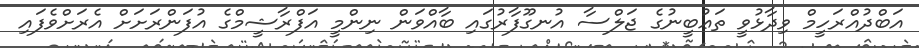
އަބްދުއްރަހީމް ވިދާޅުވީ ތަޢުބީނުގެ ޖަލްސާ އުނގޫފާރުގައި ބާއްވަން ނިންމީ އަފްރާޝީމްގެ އުފަންރަށަށް އެރަށްވެފައި